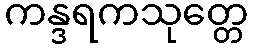
ကန္ဒရကသုတ္တေ